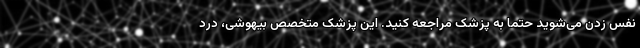
نفس زدن می‌شوید حتما به پزشک مراجعه کنید. این پزشک متخصص بیهوشی، درد